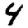
Digit: 4